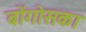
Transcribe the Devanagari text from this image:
बोंगोसका